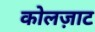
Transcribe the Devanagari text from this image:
कोलज़ाट